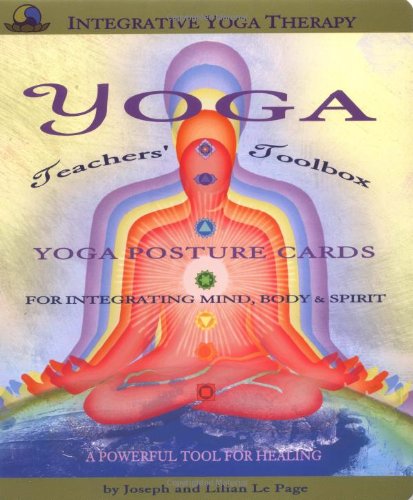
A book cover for Yoga Teachers' Toolbox; Joseph Le Page and Lilian Le Page; Health, Fitness & Dieting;